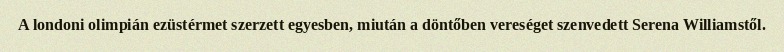
A londoni olimpián ezüstérmet szerzett egyesben, miután a döntőben vereséget szenvedett Serena Williamstől.